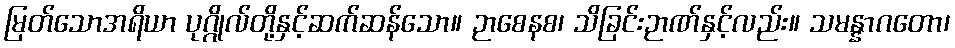
မြတ်သောအရိယာ ပုဂ္ဂိုလ်တို့နှင့်ဆက်ဆန်သော။ ဉာစေနစ၊ သိခြင်းဉာဏ်နှင့်လည်း။ သမန္နာဂတော၊